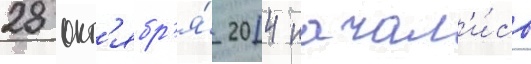
28 окт'ябр'я́ 2014 начал'и́сь